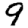
Digit: 9